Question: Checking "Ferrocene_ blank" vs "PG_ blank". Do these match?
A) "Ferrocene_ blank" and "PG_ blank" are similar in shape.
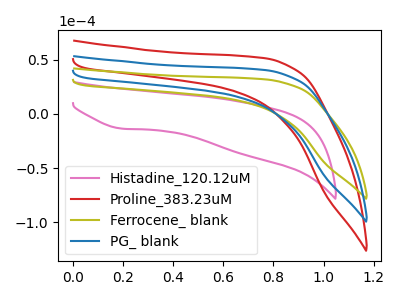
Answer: <think>The pink curve "Histadine_120.12uM" has a cathodic peak at: (0.20V, -13.70uA). The red curve "Proline_383.23uM" has no peaks. The olive curve "Ferrocene_ blank" has no peaks. The blue curve "PG_ blank" has no peaks.
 Neither "Ferrocene_ blank" or "PG_ blank" have any peaks.</think>
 <answer>A) "Ferrocene_ blank" and "PG_ blank" are similar in shape.</answer>
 <eval>A</eval>